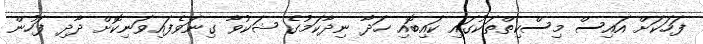
ފަހަކަށް އައިސް މިސްކިތްތަކުގައި ކައިބޮއި ހަދާ ނިދާކަމުގެ ޝަކުވާ ގިނަވެފައިވަނިކޮށް ދާދި ފަހުން